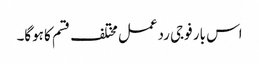
اس بار فوجی ردعمل مختلف قسم کا ہوگا۔